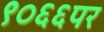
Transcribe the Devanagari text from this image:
९०६६पर